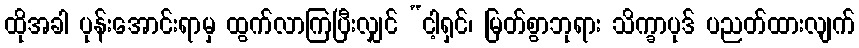
ထိုအခါ ပုန်းအောင်းရာမှ ထွက်လာကြပြီးလျှင် “ငါ့ရှင်၊ မြတ်စွာဘုရား သိက္ခာပုဒ် ပညတ်ထားလျက်